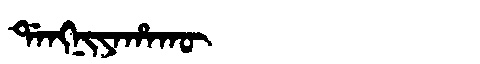
Manchu: ᡩᠠᠩᠨᡳᠶᠠᡥᠠᡴᡡ
Romanization: DANGNIYAHAKŪ